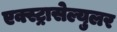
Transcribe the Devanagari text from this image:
एक्स्ट्रासेल्युलर